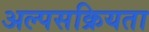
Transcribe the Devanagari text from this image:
अल्पसक्रियता